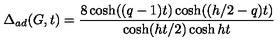
\Delta _ { a d } ( G , t ) = \frac { 8 \cosh ( ( q - 1 ) t ) \cosh ( ( h / 2 - q ) t ) } { \cosh ( h t / 2 ) \cosh h t }